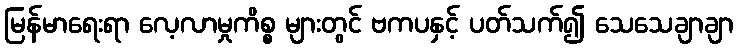
မြန်မာရေးရာ လေ့လာမှုကိစ္စ များတွင် ဗကပနှင့် ပတ်သက်၍ သေသေချာချာ